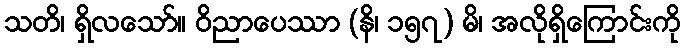
သတိ၊ ရှိလသော်။ ဝိညာပေဿာ (နိ၊ ၁၅၇) မိ၊ အလိုရှိကြောင်းကို